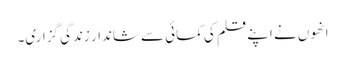
انھوں نے اپنے قلم کی کمائی سے شاندار زندگی گزاری۔